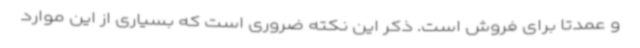
و عمدتاً برای فروش است. ذکر این نکته ضروری است که بسیاری از این موارد